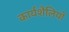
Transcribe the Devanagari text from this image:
कार्यशैलियों